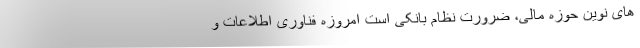
های نوین حوزه مالی، ضرورت نظام بانکی است امروزه فناوری اطلاعات و